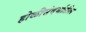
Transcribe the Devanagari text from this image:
होळीसंदर्भातील